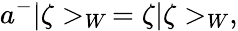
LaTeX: a^{-}|\zeta>_{W}\, =\zeta|\zeta>_{W},